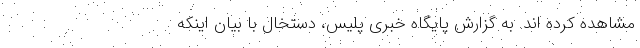
مشاهده کرده اند. به گزارش پایگاه خبری پلیس، دستخال با بیان اینکه